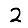
Digit: 2